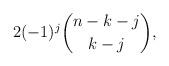
LaTeX: \begin{align*}2(-1)^j\binom{n-k-j}{k-j},\end{align*}